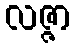
လဇ္ဇာ